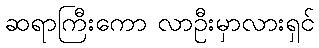
ဆရာကြီးကော လာဦးမှာလားရှင်